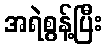
အရဲစွန့်ပြီး